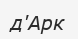
д'Арк